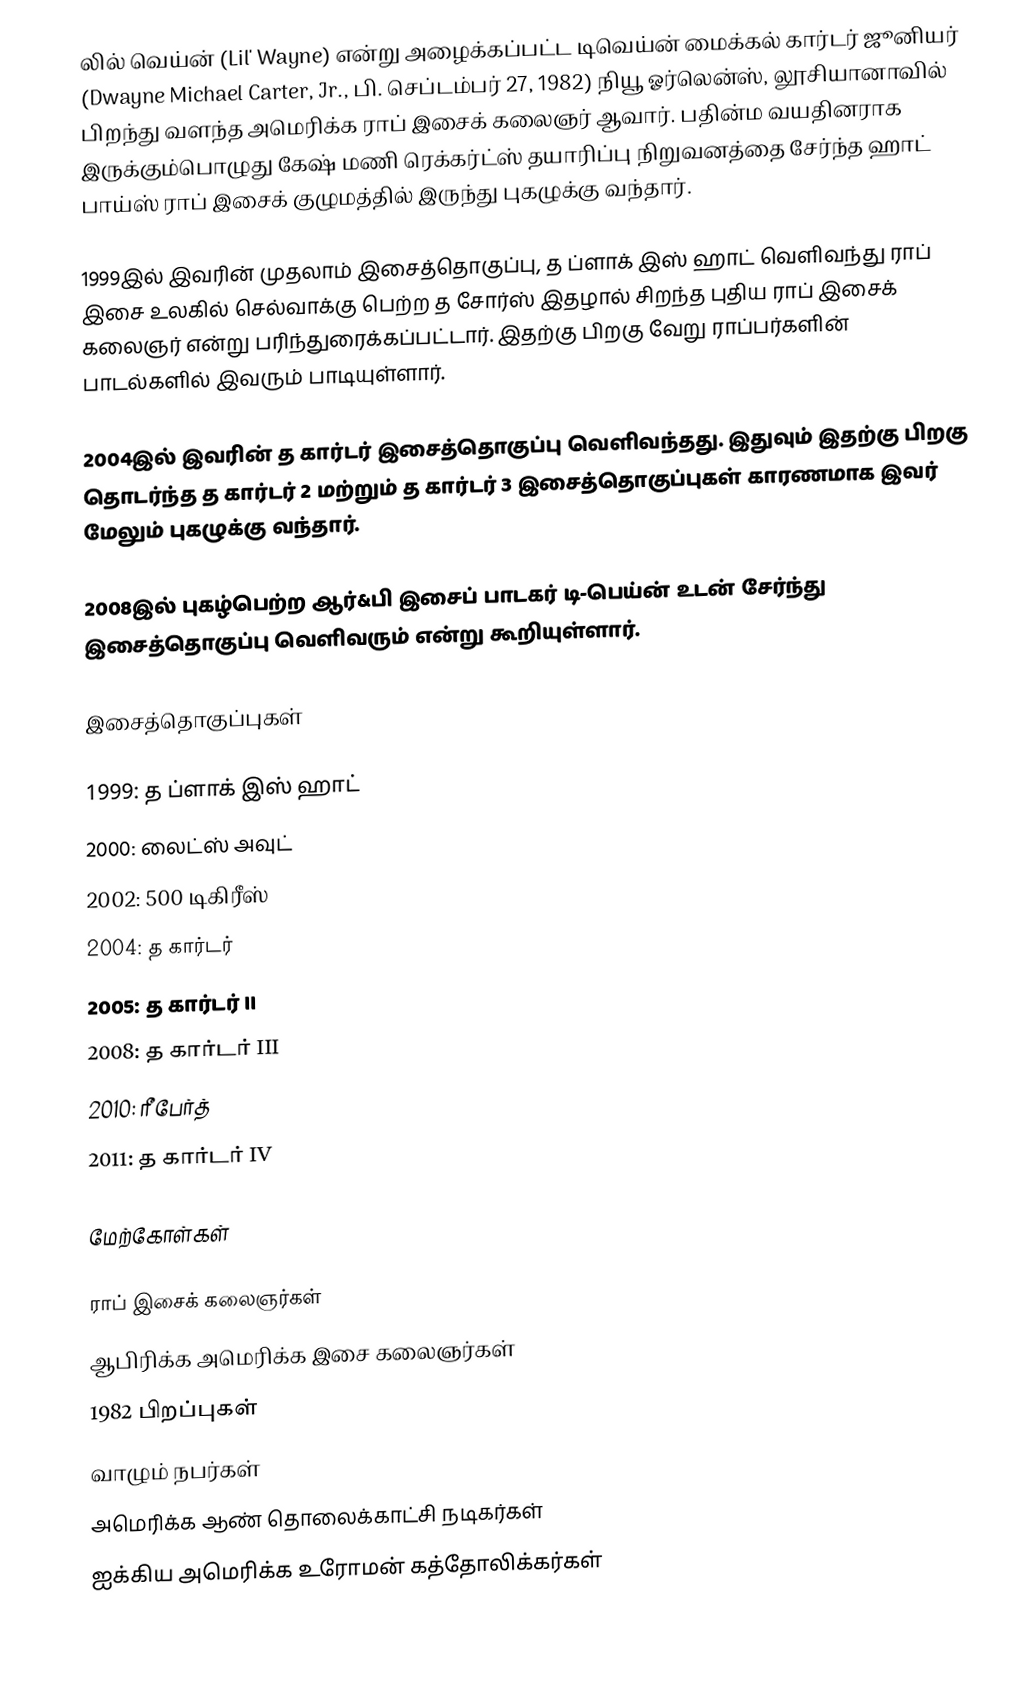
லில் வெய்ன் (Lil' Wayne) என்று அழைக்கப்பட்ட டிவெய்ன் மைக்கல் கார்டர் ஜூனியர் (Dwayne Michael Carter, Jr., பி. செப்டம்பர் 27, 1982) நியூ ஓர்லென்ஸ், லூசியானாவில் பிறந்து வளந்த அமெரிக்க ராப் இசைக் கலைஞர் ஆவார். பதின்ம வயதினராக இருக்கும்பொழுது கேஷ் மணி ரெக்கர்ட்ஸ் தயாரிப்பு நிறுவனத்தை சேர்ந்த ஹாட் பாய்ஸ் ராப் இசைக் குழுமத்தில் இருந்து புகழுக்கு வந்தார்.

1999இல் இவரின் முதலாம் இசைத்தொகுப்பு, த ப்ளாக் இஸ் ஹாட் வெளிவந்து ராப் இசை உலகில் செல்வாக்கு பெற்ற த சோர்ஸ் இதழால் சிறந்த புதிய ராப் இசைக் கலைஞர் என்று பரிந்துரைக்கப்பட்டார். இதற்கு பிறகு வேறு ராப்பர்களின் பாடல்களில் இவரும் பாடியுள்ளார்.

2004இல் இவரின் த கார்டர் இசைத்தொகுப்பு வெளிவந்தது. இதுவும் இதற்கு பிறகு தொடர்ந்த த கார்டர் 2 மற்றும் த கார்டர் 3 இசைத்தொகுப்புகள் காரணமாக இவர் மேலும் புகழுக்கு வந்தார்.

2008இல் புகழ்பெற்ற ஆர்&பி இசைப் பாடகர் டி-பெய்ன் உடன் சேர்ந்து இசைத்தொகுப்பு வெளிவரும் என்று கூறியுள்ளார்.

இசைத்தொகுப்புகள்

 1999: த ப்ளாக் இஸ் ஹாட்
 2000: லைட்ஸ் அவுட்
 2002: 500 டிகிரீஸ்
 2004: த கார்டர்
 2005: த கார்டர் II
 2008: த கார்டர் III
 2010: ரீ பேர்த்
 2011: த கார்டர் IV

மேற்கோள்கள்

ராப் இசைக் கலைஞர்கள்
ஆபிரிக்க அமெரிக்க இசை கலைஞர்கள்
1982 பிறப்புகள்
வாழும் நபர்கள்
அமெரிக்க ஆண் தொலைக்காட்சி நடிகர்கள்
ஐக்கிய அமெரிக்க உரோமன் கத்தோலிக்கர்கள்